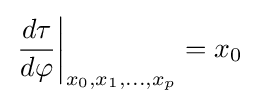
\left.{\frac {d\tau }{d\varphi }}\right|_{x_{0},x_{1},\dots ,x_{p}}=x_{0}